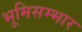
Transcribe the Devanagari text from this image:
भूमिसम्भार